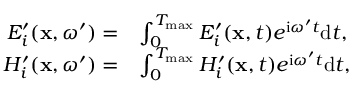
\begin{array} { r l } { E _ { i } ^ { \prime } ( \mathbf { x } , \omega ^ { \prime } ) = } & { \int _ { 0 } ^ { T _ { \operatorname* { m a x } } } E _ { i } ^ { \prime } ( \mathbf { x } , t ) e ^ { \mathrm { i } \omega ^ { \prime } t } \mathrm { d } t , } \\ { H _ { i } ^ { \prime } ( \mathbf { x } , \omega ^ { \prime } ) = } & { \int _ { 0 } ^ { T _ { \operatorname* { m a x } } } H _ { i } ^ { \prime } ( \mathbf { x } , t ) e ^ { \mathrm { i } \omega ^ { \prime } t } \mathrm { d } t , } \end{array}